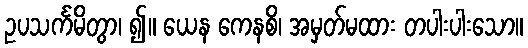
ဥပသင်္ကမိတွာ၊ ၍။ ယေန ကေနစိ၊ အမှတ်မထား တပါးပါးသော။